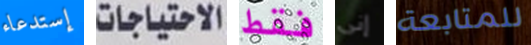
إستدعاء الاحتياجات فقط إنى للمتابعة